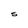
Character: S